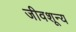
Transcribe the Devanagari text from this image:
जीवशून्य